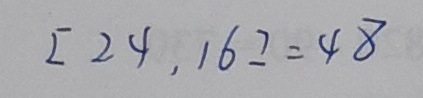
[ 2 4 , 1 6 ] = 4 8